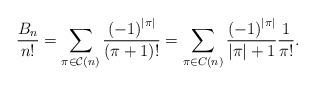
LaTeX: \begin{align*}\frac{B_{n}}{n!} =\sum_{\pi\in\mathcal{C}\left(n\right)}\frac{\left(-1\right)^{\vert \pi \vert}}{\left(\pi+1\right)!} =\sum_{\pi\in C\left(n\right)}\frac{\left(-1\right)^{\vert \pi \vert}}{\vert \pi \vert+1}\frac{1}{\pi!}.\end{align*}